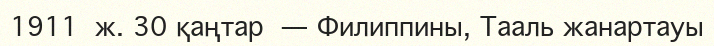
1911 ж. 30 қаңтар — Филиппины, Тааль жанартауы